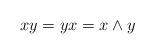
LaTeX: \begin{align*}xy=yx=x\wedge y\end{align*}